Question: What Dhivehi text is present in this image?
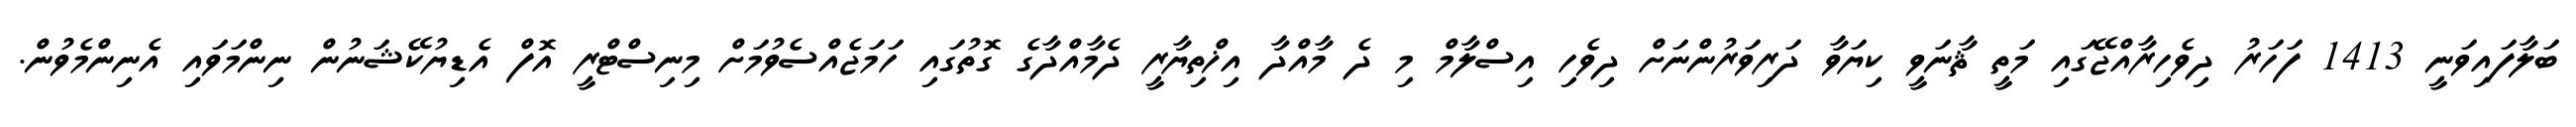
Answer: ބަލާފައިވަނީ 1413 ފަހަރު ދިވެހިރާއްޖޭގައި މަތީ ޘާނަވީ ކިޔަވާ ދަރިވަރުންނަށް ދިވެހި އިސްލާމް މި ދެ މާއްދާ އިޚްތިޔާރީ ދެމާއްދާގެ ގޮތުގައި ހަމަޖެއްސެވުމަށް މިނިސްޓްރީ އޮފް އެޑިޔުކޭޝަނުން ނިންމަވައި އެނިންމެވުން.